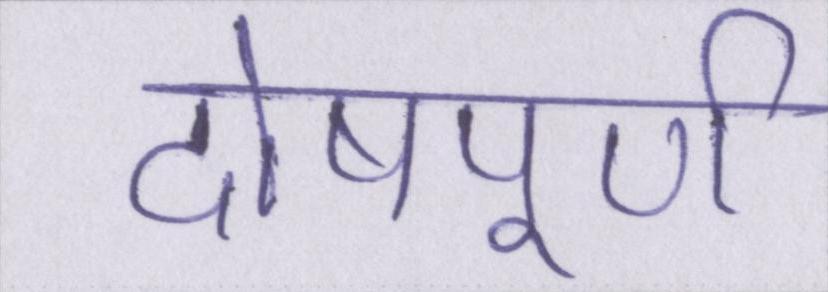
दोषपूर्ण